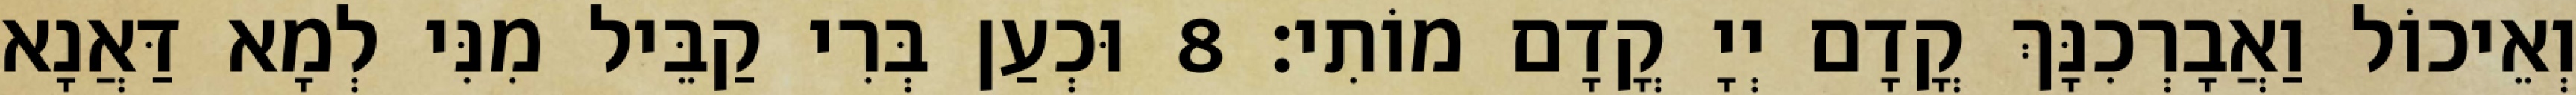
וְאֵיכוֹל וַאֲבָרְכִנָּךְ קֳדָם יְיָ קֳדָם מוֹתִי׃ 8 וּכְעַן בְּרִי קַבֵּיל מִנִּי לְמָא דַּאֲנָא